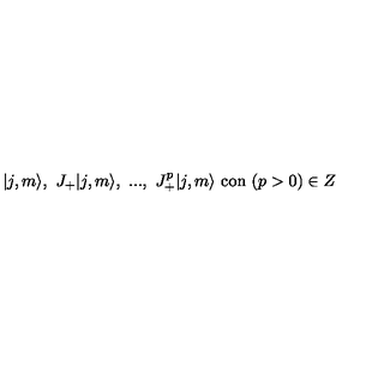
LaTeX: | j , m \rangle , \ J _ { + } | j , m \rangle , \ . . . , \ J _ { + } ^ { p } | j , m \rangle \ \mathrm { c o n } \ ( p > 0 ) \in Z